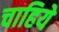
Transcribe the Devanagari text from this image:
चाहिये